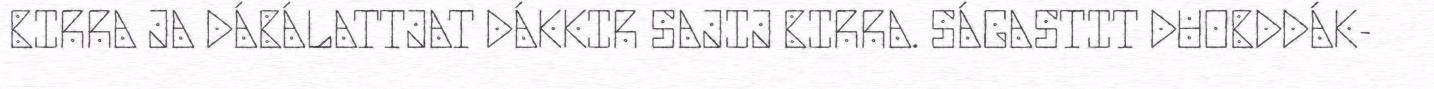
BIRRA JA DÁBÁLATTJAT DÁKKIR SAJIJ BIRRA. SÁGASTIT DUOBDDÁK-